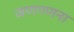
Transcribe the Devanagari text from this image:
जणगणना